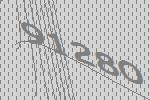
91280